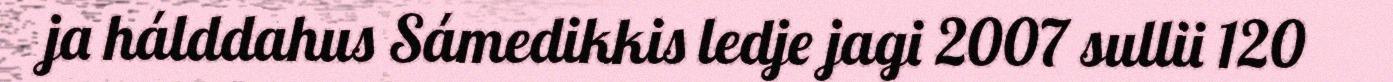
ja hálddahus Sámedikkis ledje jagi 2007 sullii 120